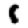
Digit: 1